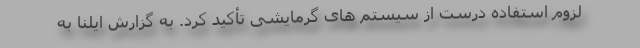
لزوم استفاده درست از سیستم های گرمایشی تأکید کرد. به گزارش ایلنا به